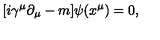
[ i \gamma ^ { \mu } \partial _ { \mu } - m ] \psi ( x ^ { \mu } ) = 0 ,